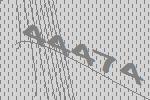
44474